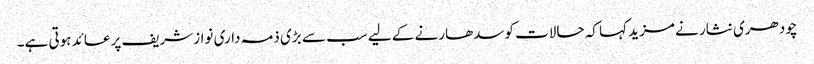
چودھری نثار نے مزید کہا کہ حالات کوسدھارنے کے لیے سب سے بڑی ذمہ داری نوازشریف پرعائد ہوتی ہے۔